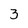
Character: 3